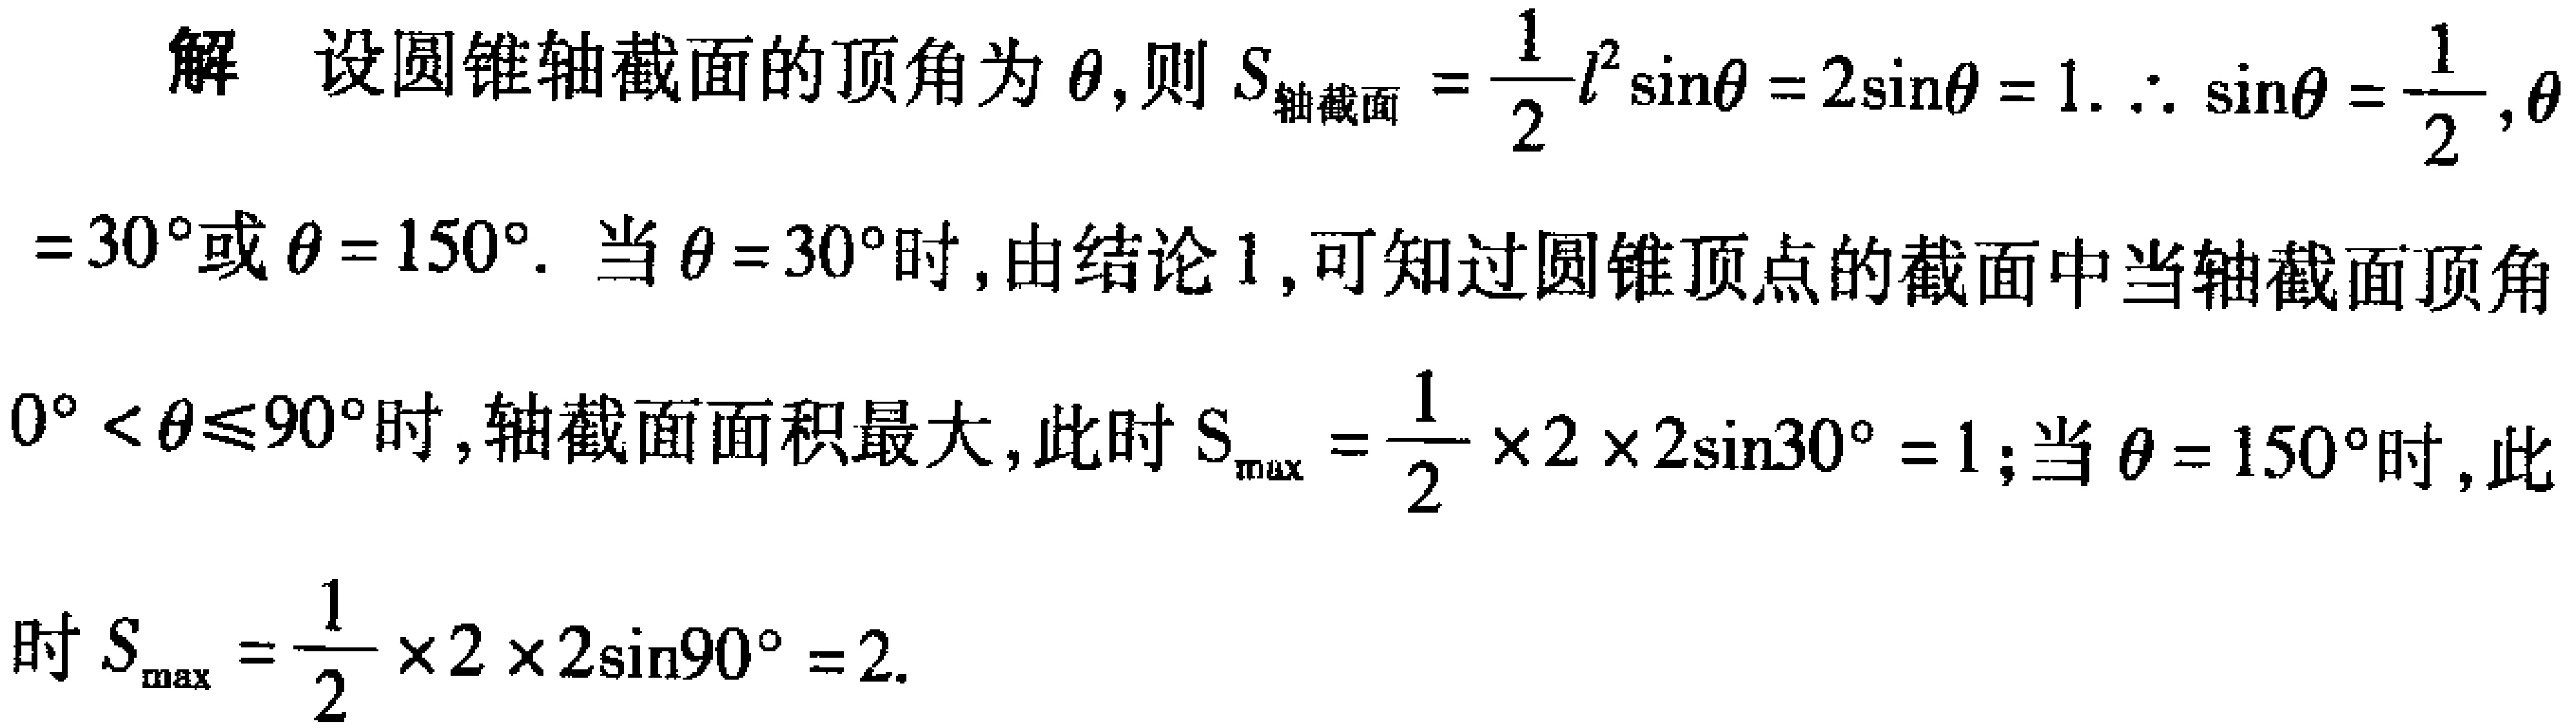
解 设圆锥轴截面的顶角为\(\theta\)，则\(S_{轴截面}=\frac{1}{2}l^{2}\sin\theta = 2\sin\theta = 1.\) \(\therefore \sin\theta=\frac{1}{2},\theta = 30^{\circ}\)或\(\theta = 150^{\circ}\). 当\(\theta = 30^{\circ}\)时，由结论1，可知过圆锥顶点的截面中当轴截面顶角\(0^{\circ}<\theta\leqslant90^{\circ}\)时，轴截面面积最大，此时\(S_{\max}=\frac{1}{2}\times2\times2\sin30^{\circ}=1\)；当\(\theta = 150^{\circ}\)时，此时\(S_{\max}=\frac{1}{2}\times2\times2\sin90^{\circ}=2\).